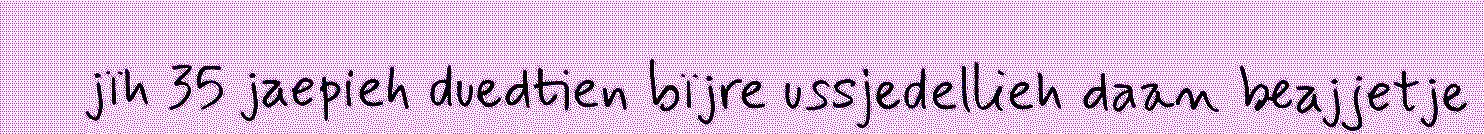
jïh 35 jaepieh duedtien bïjre ussjedellieh daan beajjetje